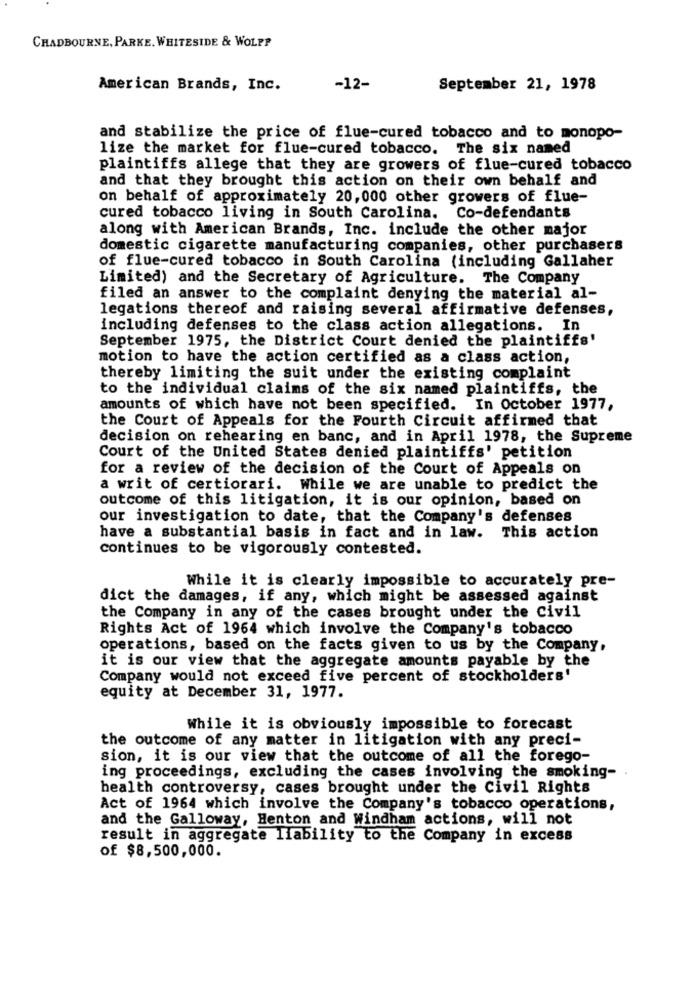
CHADBOURNE, PARKE. WHITESIDE & WOLPP
American Brands, Inc.
-12-
September 21, 1978
and stabilize the price of flue-cured tobacco and to monopo-
lize the market for flue-cured tobacco. The six named
plaintiffs allege that they are growers of flue-cured tobacco
and that they brought this action on their own behalf and
on behalf of approximately 20,000 other growers of flue-
cured tobacco living in South Carolina. Co-defendants
along with American Brands, Inc. include the other major
domestic cigarette manufacturing companies, other purchasers
of flue-cured tobacco in South Carolina (including Gallaher
Limited) and the Secretary of Agriculture. The Company
filed an answer to the complaint denying the material al-
legations thereof and raising several affirmative defenses,
including defenses to the class action allegations. In
September 1975, the District Court denied the plaintiffs'
motion to have the action certified as a class action,
thereby limiting the suit under the existing complaint
to the individual claims of the six named plaintiffs, the
amounts of which have not been specified. In October 1977,
the Court of Appeals for the Fourth Circuit affirmed that
decision on rehearing en banc, and in April 1978, the Supreme
Court of the United States denied plaintiffs' petition
for a review of the decision of the Court of Appeals on
a writ of certiorari. While we are unable to predict the
outcome of this litigation, it is our opinion, based on
our investigation to date, that the Company's defenses
have a substantial basis in fact and in law.
This action
continues to be vigorously contested.
While it is clearly impossible to accurately pre-
dict the damages, if any, which might be assessed against
the Company in any of the cases brought under the civil
Rights Act of 1964 which involve the Company's tobacco
operations, based on the facts given to us by the Company,
it is our view that the aggregate amounts payable by the
Company would not exceed five percent of stockholders'
equity at December 31, 1977.
While it is obviously impossible to forecast
the outcome of any matter in litigation with any preci-
sion, it is our view that the outcome of all the forego-
ing proceedings, excluding the cases involving the smoking-
health controversy, cases brought under the Civil Rights
Act of 1964 which involve the Company's tobacco operations,
and the Galloway, Benton and Windham actions, will not
result in aggregate liability to the Company in excess
of $8,500,000.